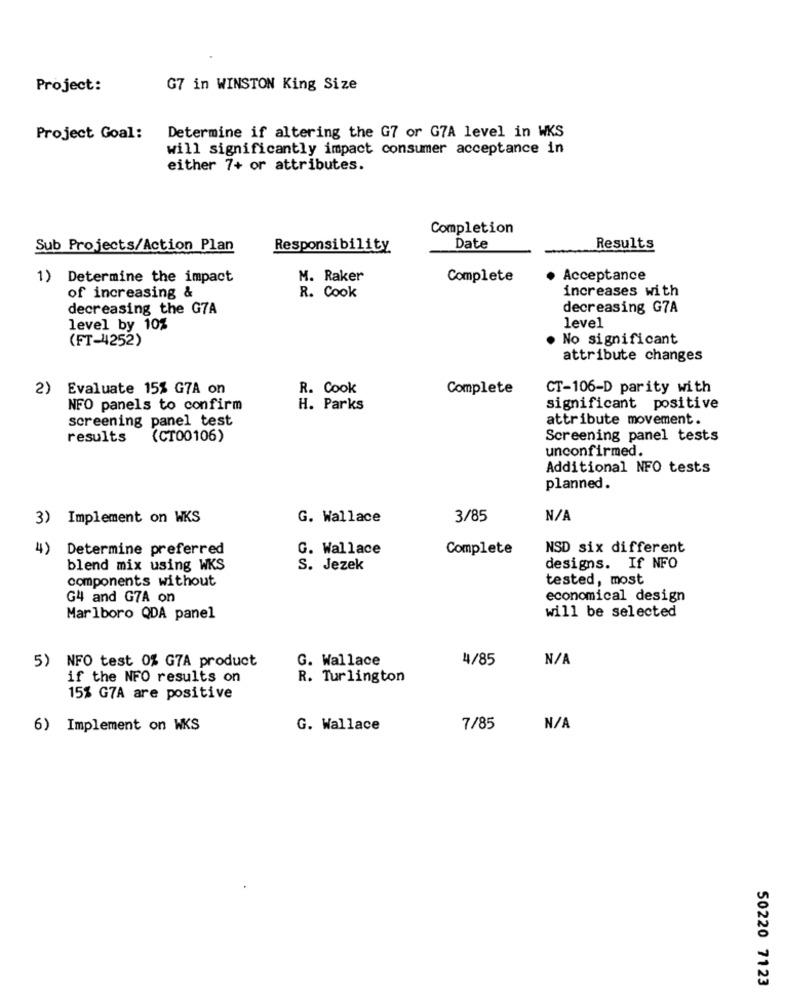
Project:
G7 in WINSTON King Size
Project Goal:
Determine if altering the G7 or G7A level in WKS
will significantly impact consumer acceptance in
either 7+ or attributes.
Completion
Sub Projects/Action Plan
Responsibility
Date
Results
Determine the impact
M. Raker
Complete
· Acceptance
increases with
of increasing &
R. Cook
decreasing the G7A
decreasing G7A
level
level by 10%
(FT-4252)
No significant
attribute changes
2)
Evaluate 15% G7A on
R. Cook
Complete
CT-106-D parity with
NFO panels to confirm
H. Parks
significant positive
screening panel test
attribute movement.
results
(CT00106)
Screening panel tests
unconfirmed.
Additional NFO tests
planned.
3) Implement on WKS
G. Wallace
3/85
4)
Determine preferred
G. Wallace
Complete
NSD six different
blend mix using WKS
S. Jezek
designs. If NFO
components without
tested, most
G4 and G7A on
economical design
will be selected
Marlboro QDA panel
NFO test 0% G7A product
G. Wallace
4/85
5)
if the NFO results on
R. Turlington
15% G7A are positive
6) Implement on WKS
G. Wallace
7/85
50220 7123